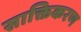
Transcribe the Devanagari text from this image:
साक्तिकरण